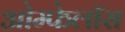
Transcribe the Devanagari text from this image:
ओम्फेलॉस